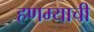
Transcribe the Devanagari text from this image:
हणम्याची